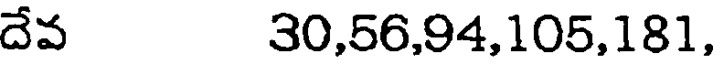
దేవ 30,56,94,105,181,